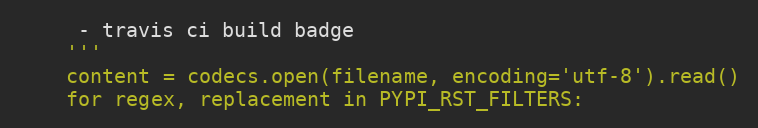
Language: Python
     - travis ci build badge
    '''
    content = codecs.open(filename, encoding='utf-8').read()
    for regex, replacement in PYPI_RST_FILTERS: